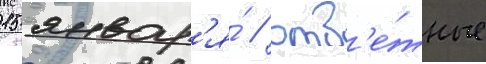
15 январ'я́ / отв'е́тные